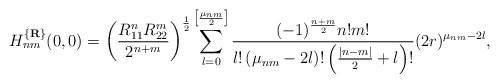
\begin{align*}\mbox{$H_{nm}^{\{{\bf R}\}}(0,0)$}=\left(\frac {R_{11}^nR_{22}^m}{2^{n+m}}\right)^{\frac 12}\sum_{l=0}^{\left[\frac {\mu_{nm}}2\right]}\frac {(-1)^{\frac {n+m}2}n!m!}{l!\left(\mu_{nm}-2l\right)!\left(\frac {|n-m|}2+l\right)!}(2r)^{\mu_{nm}-2l},\end{align*}